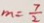
m = \frac { 7 } { 2 }